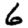
Digit: 6